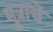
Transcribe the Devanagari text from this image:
मूत्राचे